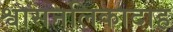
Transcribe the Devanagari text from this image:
श्वासनलिकादाह